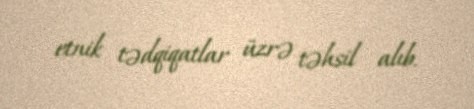
etnik tədqiqatlar üzrə təhsil alıb.